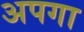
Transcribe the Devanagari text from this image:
अपगा